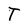
Character: T